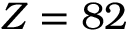
Z = 8 2